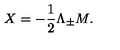
X = { - { \frac { 1 } { 2 } } \Lambda _ { \pm } M . }